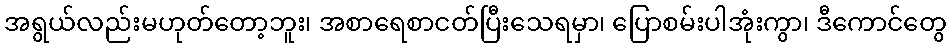
အရွယ်လည်းမဟုတ်တော့ဘူး၊ အစာရေစာငတ်ပြီးသေရမှာ၊ ပြောစမ်းပါအုံးကွာ၊ ဒီကောင်တွေ